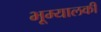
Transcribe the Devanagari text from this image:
भूम्यालकी